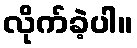
လိုက်ခဲ့ပါ။